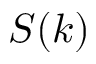
S ( k )